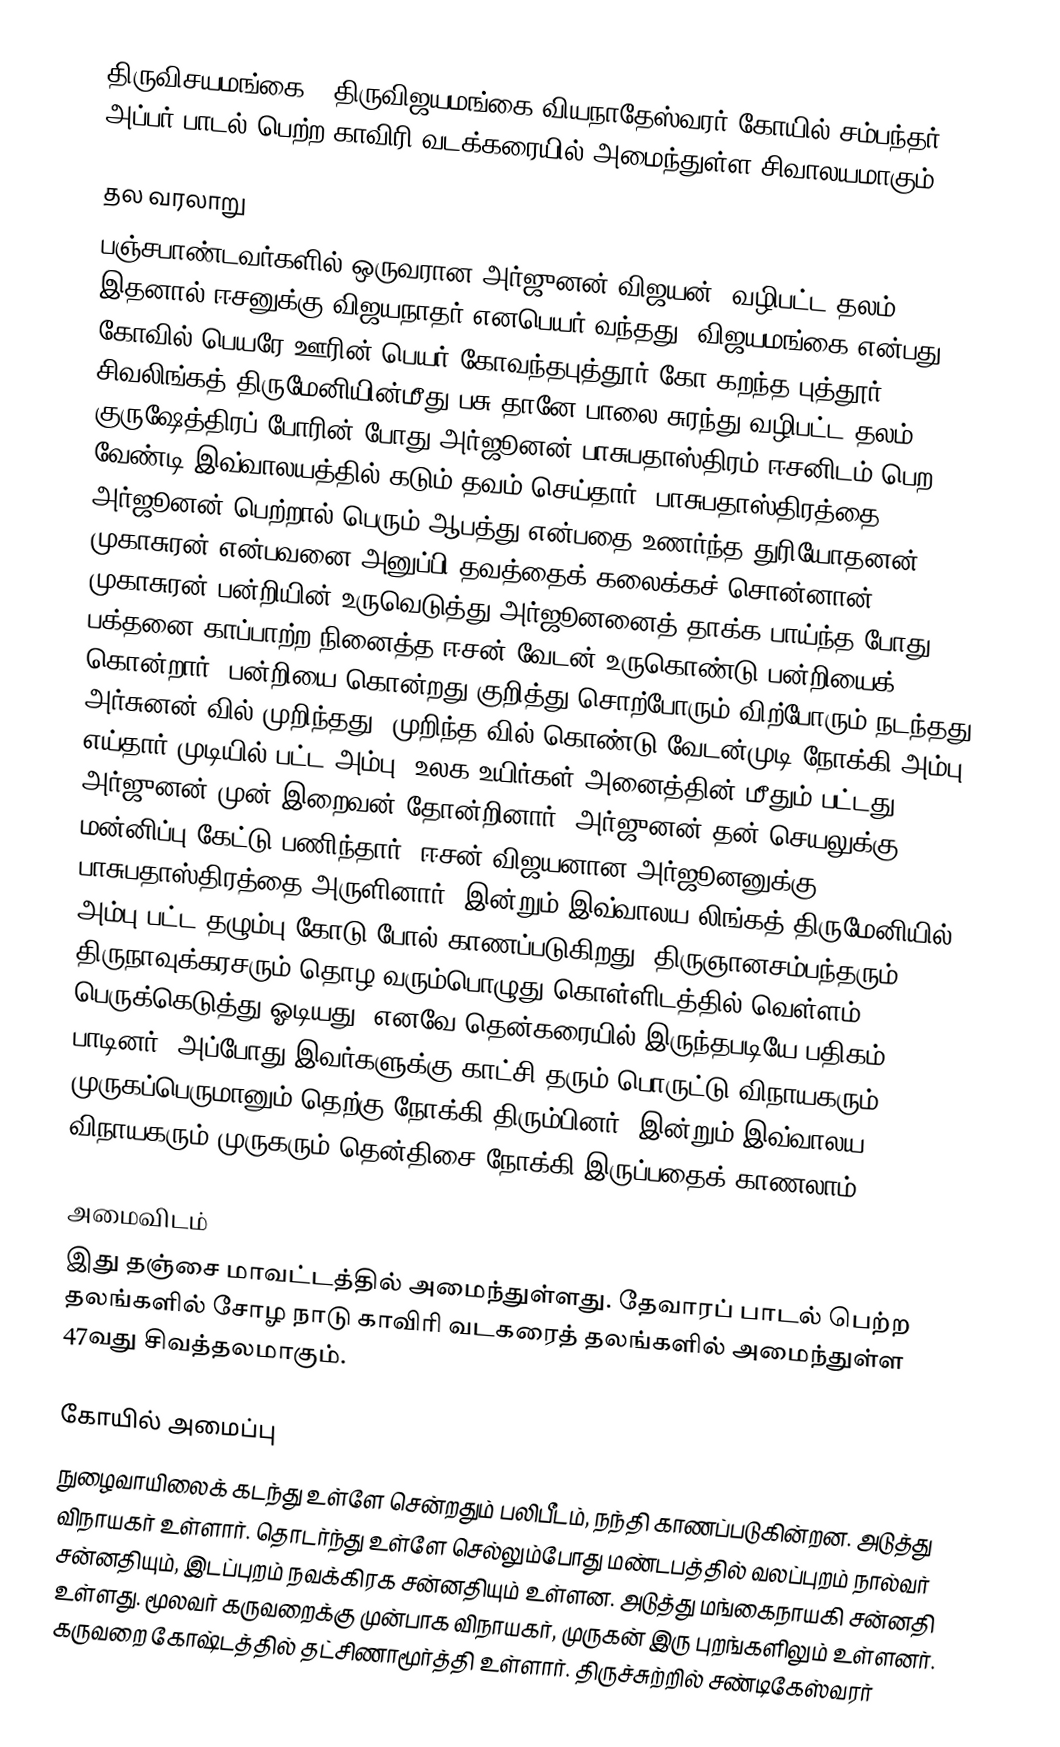
திருவிசயமங்கை - திருவிஜயமங்கை வியநாதேஸ்வரர் கோயில் சம்பந்தர், அப்பர் பாடல் பெற்ற காவிரி வடக்கரையில் அமைந்துள்ள சிவாலயமாகும்.

தல வரலாறு
பஞ்சபாண்டவர்களில் ஒருவரான அர்ஜுனன்(விஜயன்) வழிபட்ட தலம். இதனால் ஈசனுக்கு விஜயநாதர் எனபெயர் வந்தது. விஜயமங்கை என்பது கோவில் பெயரே ஊரின் பெயர் கோவந்தபுத்தூர்(கோ கறந்த புத்தூர்). சிவலிங்கத் திருமேனியின்மீது பசு தானே பாலை சுரந்து வழிபட்ட தலம். குருஷேத்திரப் போரின் போது அர்ஜூனன் பாசுபதாஸ்திரம் ஈசனிடம் பெற வேண்டி இவ்வாலயத்தில் கடும் தவம் செய்தார். பாசுபதாஸ்திரத்தை அர்ஜூனன் பெற்றால் பெரும் ஆபத்து என்பதை உணர்ந்த துரியோதனன் முகாசுரன் என்பவனை அனுப்பி தவத்தைக் கலைக்கச் சொன்னான். முகாசுரன் பன்றியின் உருவெடுத்து அர்ஜூனனைத் தாக்க பாய்ந்த போது பக்தனை காப்பாற்ற நினைத்த ஈசன் வேடன் உருகொண்டு பன்றியைக் கொன்றார். பன்றியை கொன்றது குறித்து சொற்போரும் விற்போரும் நடந்தது. அர்சுனன் வில் முறிந்தது. முறிந்த வில் கொண்டு வேடன்முடி நோக்கி அம்பு எய்தார் முடியில் பட்ட அம்பு, உலக உயிர்கள் அனைத்தின் மீதும் பட்டது. அர்ஜுனன் முன் இறைவன் தோன்றினார். அர்ஜுனன் தன் செயலுக்கு மன்னிப்பு கேட்டு பணிந்தார். ஈசன் விஜயனான அர்ஜூனனுக்கு பாசுபதாஸ்திரத்தை அருளினார். இன்றும் இவ்வாலய லிங்கத் திருமேனியில் அம்பு பட்ட தழும்பு கோடு போல் காணப்படுகிறது. திருஞானசம்பந்தரும், திருநாவுக்கரசரும் தொழ வரும்பொழுது கொள்ளிடத்தில் வெள்ளம் பெருக்கெடுத்து ஓடியது. எனவே தென்கரையில் இருந்தபடியே பதிகம் பாடினர். அப்போது இவர்களுக்கு காட்சி தரும் பொருட்டு விநாயகரும் முருகப்பெருமானும் தெற்கு நோக்கி திரும்பினர். இன்றும் இவ்வாலய விநாயகரும் முருகரும் தென்திசை நோக்கி இருப்பதைக் காணலாம்.

அமைவிடம்
இது தஞ்சை மாவட்டத்தில் அமைந்துள்ளது. தேவாரப் பாடல் பெற்ற தலங்களில் சோழ நாடு காவிரி வடகரைத் தலங்களில் அமைந்துள்ள 47வது சிவத்தலமாகும்.

கோயில் அமைப்பு
நுழைவாயிலைக் கடந்து உள்ளே சென்றதும் பலிபீடம், நந்தி காணப்படுகின்றன. அடுத்து விநாயகர் உள்ளார். தொடர்ந்து உள்ளே செல்லும்போது மண்டபத்தில் வலப்புறம் நால்வர் சன்னதியும், இடப்புறம் நவக்கிரக சன்னதியும் உள்ளன. அடுத்து மங்கைநாயகி சன்னதி உள்ளது. மூலவர் கருவறைக்கு முன்பாக விநாயகர், முருகன் இரு புறங்களிலும் உள்ளனர். கருவறை கோஷ்டத்தில் தட்சிணாமூர்த்தி உள்ளார். திருச்சுற்றில் சண்டிகேஸ்வரர்